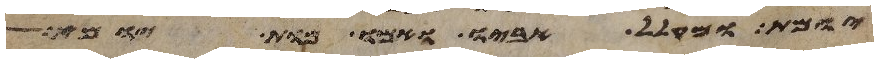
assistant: יומת ומקלל אביו ואמו מות יומת